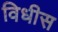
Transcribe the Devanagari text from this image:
विधीस